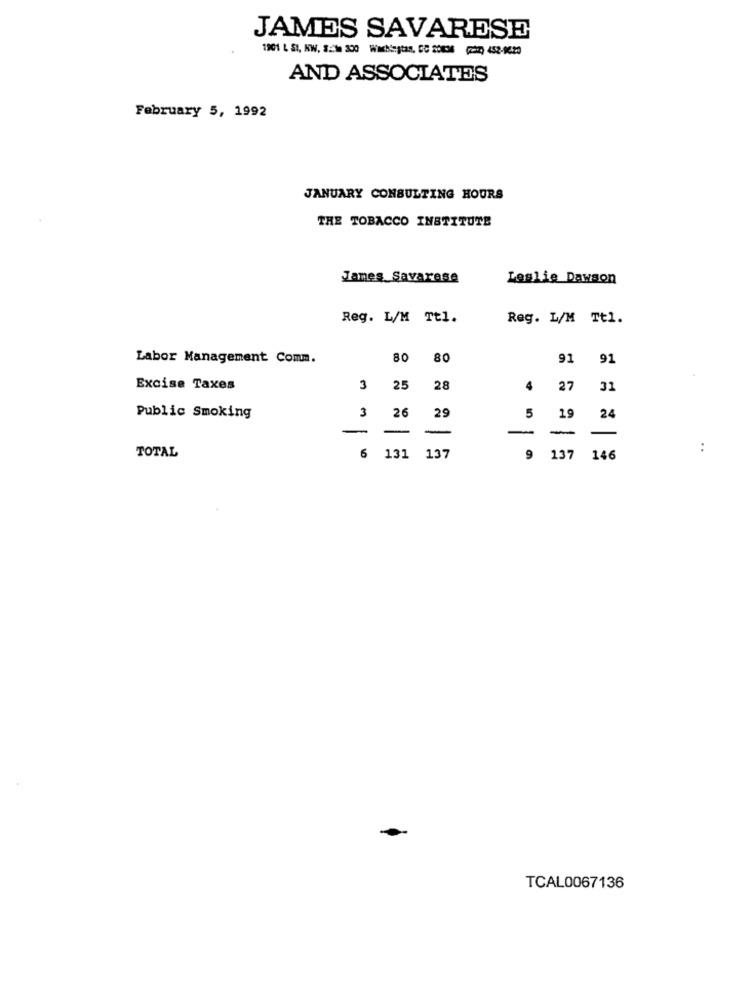
JAMES SAVARESE
1901 L SI, KW, S: 300 Washington, DC 20836 (7) 452-9620
AND ASSOCIATES
February 5, 1992
JANUARY CONSULTING HOURS
THE TOBACCO INSTITUTE
James Savarese
Leslie Dawson
Reg. L/M Tt1.
Reg. L/M Tt1.
Labor Management Comm.
80
80
91 91
Excise Taxes
3 25
28
4
27
31
3
5
Public Smoking
26
29
19
24
-
-
-
-
-
-
TOTAL
..
6 131
137
9 137 146
TCAL0067136